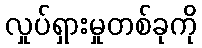
လှုပ်ရှားမှုတစ်ခုကို